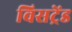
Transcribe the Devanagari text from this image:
विसट्रेंड